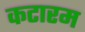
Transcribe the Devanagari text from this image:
कटारम